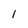
Character: 1